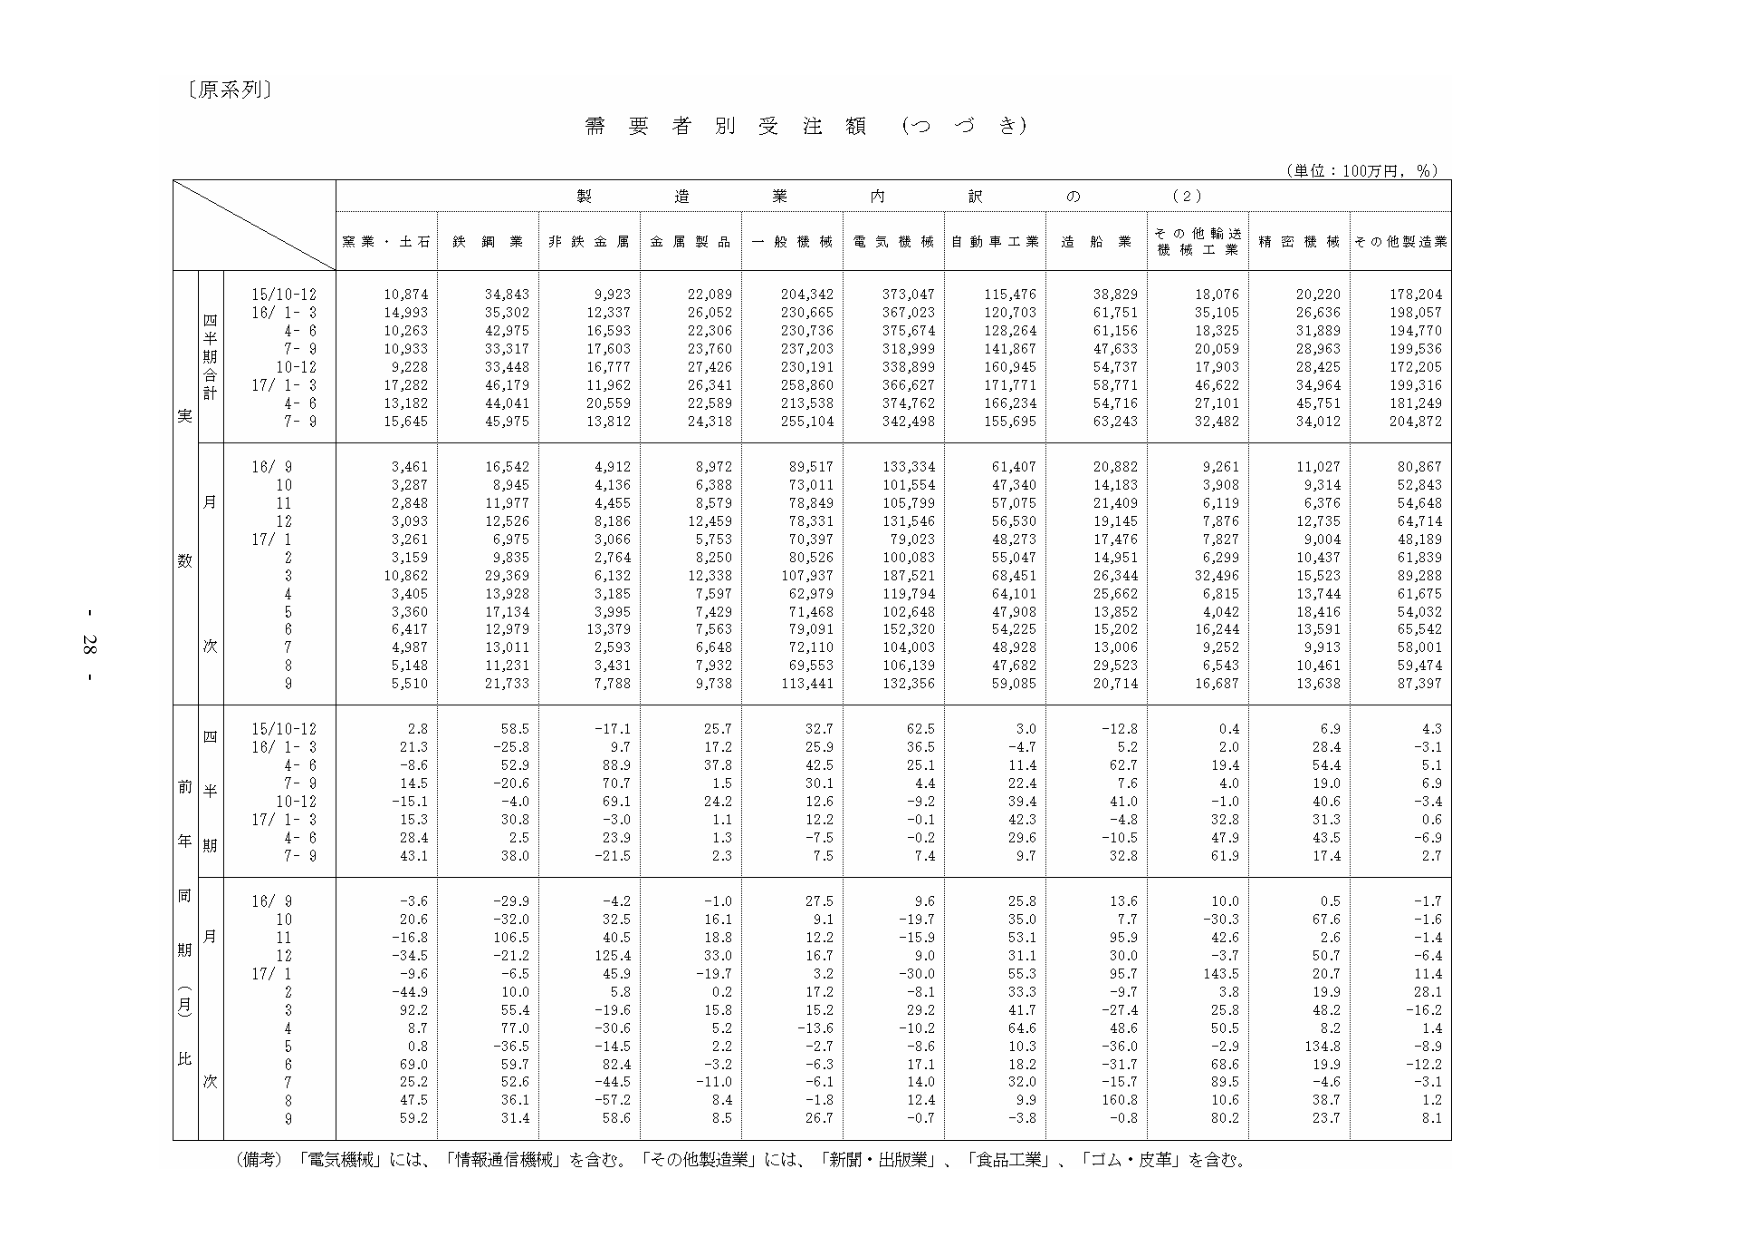
〔原系列〕

需要者別受注額（つづき）

（単位：100万円，％）

製造業内訳の（2）

窯業・土石　鉄鋼業　非鉄金属　金属製品　一般機械　電気機械　自動車工業　造船業　その他輸送機械工業　精密機械　その他製造業

四半期合計
実
15/10-12　10,874　34,843　9,923　22,089　204,342　373,047　115,476　38,829　18,076　20,220　178,204
16/ 1- 3　14,993　35,302　12,337　26,052　230,665　367,023　120,703　61,751　35,105　26,636　198,057
　4- 6　10,253　42,975　16,593　22,306　230,736　375,674　128,264　61,156　18,325　31,889　194,770
　7- 9　10,933　33,317　17,603　23,760　237,203　318,999　141,867　47,633　20,059　28,963　199,536
10-12　9,228　33,448　16,777　27,426　230,191　338,899　160,945　54,737　17,903　28,425　172,205
17/ 1- 3　17,282　46,179　11,962　26,341　258,860　366,627　171,771　58,771　46,622　34,964　199,316
　4- 6　13,182　44,041　20,559　22,589　213,538　374,762　166,234　54,716　27,101　45,751　181,249
　7- 9　15,645　45,975　13,812　24,318　255,104　342,498　155,695　63,243　32,482　34,012　204,872

月数
16/ 9　3,461　16,542　4,912　8,972　89,517　133,334　61,407　20,882　9,261　11,027　80,867
　10　3,287　8,945　4,136　6,388　73,011　101,554　47,340　14,183　3,908　9,314　52,843
　11　2,848　11,977　4,455　8,579　78,849　105,799　57,075　21,409　6,119　6,376　54,648
　12　3,093　12,526　8,186　12,459　78,331　131,546　56,530　19,145　7,876　12,735　64,714
17/ 1　3,261　6,975　3,066　5,753　70,397　79,023　48,273　17,476　7,827　9,004　48,189
　2　3,159　9,835　2,764　8,250　80,526　100,083　55,047　14,951　6,299　10,437　61,839
　3　10,862　29,369　6,132　12,338　107,937　187,521　68,451　26,344　32,496　15,523　89,288
　4　3,405　13,928　3,185　7,597　62,979　119,794　64,101　25,662　6,815　13,744　61,675
　5　3,360　17,134　3,995　7,429　71,468　102,648　47,908　13,852　4,042　18,416　54,032
　6　6,417　12,979　13,379　7,563　79,091　152,320　54,225　15,202　16,244　13,591　65,542
　7　4,987　13,011　2,593　6,648　72,110　104,003　48,928　13,006　9,252　9,913　58,001
　8　5,148　11,231　3,431　7,932　69,553　106,139　47,682　29,523　6,543　10,461　59,474
　9　5,510　21,733　7,788　9,738　113,441　132,356　59,085　20,714　16,687　13,638　87,397

四半期
前年同期比
15/10-12　2.8　58.5　-17.1　25.7　32.7　62.5　3.0　-12.8　0.4　6.9　4.3
16/ 1- 3　21.3　-25.8　9.7　17.2　25.9　36.5　-4.7　5.2　2.0　28.4　-3.1
　4- 6　-8.6　52.9　88.9　37.8　42.5　25.1　11.4　62.7　19.4　54.4　5.1
　7- 9　14.5　-20.6　70.7　1.5　30.1　4.4　22.4　7.6　4.0　19.0　6.9
10-12　-15.1　-4.0　69.1　24.2　12.6　-9.2　39.4　41.0　-1.0　40.6　-3.4
17/ 1- 3　15.3　30.8　-3.0　1.1　12.2　-0.1　42.3　-4.8　32.8　31.3　0.6
　4- 6　28.4　2.5　23.9　1.3　-7.5　-0.2　29.6　-10.5　47.9　43.5　-6.9
　7- 9　43.1　38.0　-21.5　2.3　7.5　7.4　9.7　32.8　61.9　17.4　2.7

同期（月）比
16/ 9　-3.6　-29.9　-4.2　-1.0　27.5　9.6　25.8　13.6　10.0　0.5　-1.7
　10　20.6　-32.0　32.5　16.1　9.1　-19.7　35.0　7.7　-30.3　67.6　-1.6
　11　-16.8　106.5　40.5　18.8　12.2　-15.9　53.1　95.9　42.6　2.6　-1.4
　12　-34.5　-21.2　125.4　33.0　16.7　9.0　31.1　30.0　-3.7　50.7　-6.4
17/ 1　-9.6　-6.5　45.9　-19.7　3.2　-30.0　55.3　95.7　143.5　20.7　11.4
　2　-44.9　10.0　5.8　0.2　17.2　-8.1　33.3　-9.7　3.8　19.9　28.1
　3　92.2　55.4　-19.6　15.8　15.2　29.2　41.7　-27.4　25.8　48.2　-16.2
　4　8.7　77.0　-30.6　5.2　-13.6　-10.2　64.6　48.6　50.5　8.2　1.4
　5　0.8　-36.5　-14.5　2.2　-2.7　-8.6　10.3　-36.0　-2.9　134.8　-8.9
　6　69.0　59.7　82.4　-3.2　-6.3　17.1　18.2　-31.7　68.6　19.9　-12.2
　7　25.2　52.6　-44.5　-11.0　-6.1　14.0　32.0　-15.7　89.5　-4.6　-3.1
　8　47.5　36.1　-57.2　8.4　-1.8　12.4　9.3　160.8　10.6　38.7　1.2
　9　59.2　31.4　58.6　8.5　26.7　-0.7　-3.8　-0.8　80.2　23.7　8.1

（備考）「電気機械」には、「情報通信機械」を含む。「その他製造業」には、「新聞・出版業」、「食品工業」、「ゴム・皮革」を含む。